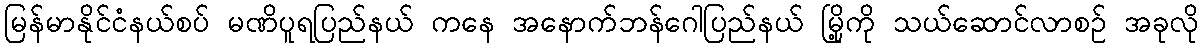
မြန်မာနိုင်ငံနယ်စပ် မဏိပူရပြည်နယ် ကနေ အနောက်ဘန်ဂေါပြည်နယ် မြို့ကို သယ်ဆောင်လာစဉ် အခုလို